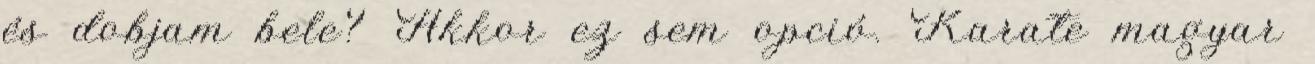
és dobjam bele? Akkor ez sem opció. Karate magyar